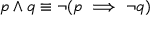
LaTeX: p \wedge q \equiv \neg ( p \implies \neg q )